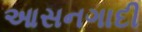
આસનગાદી